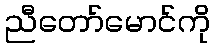
ညီတော်မောင်ကို